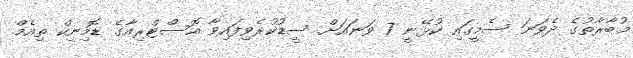
މުބާރާތުގެ ދެވަނަ ސެމީގައި ކުޅޭނީ 7 ވަނައަށް ސީޑުކުރެވިފައިވާ އޮސްޓްރިއާގެ ޑޮމިނިކް ތިއެމް